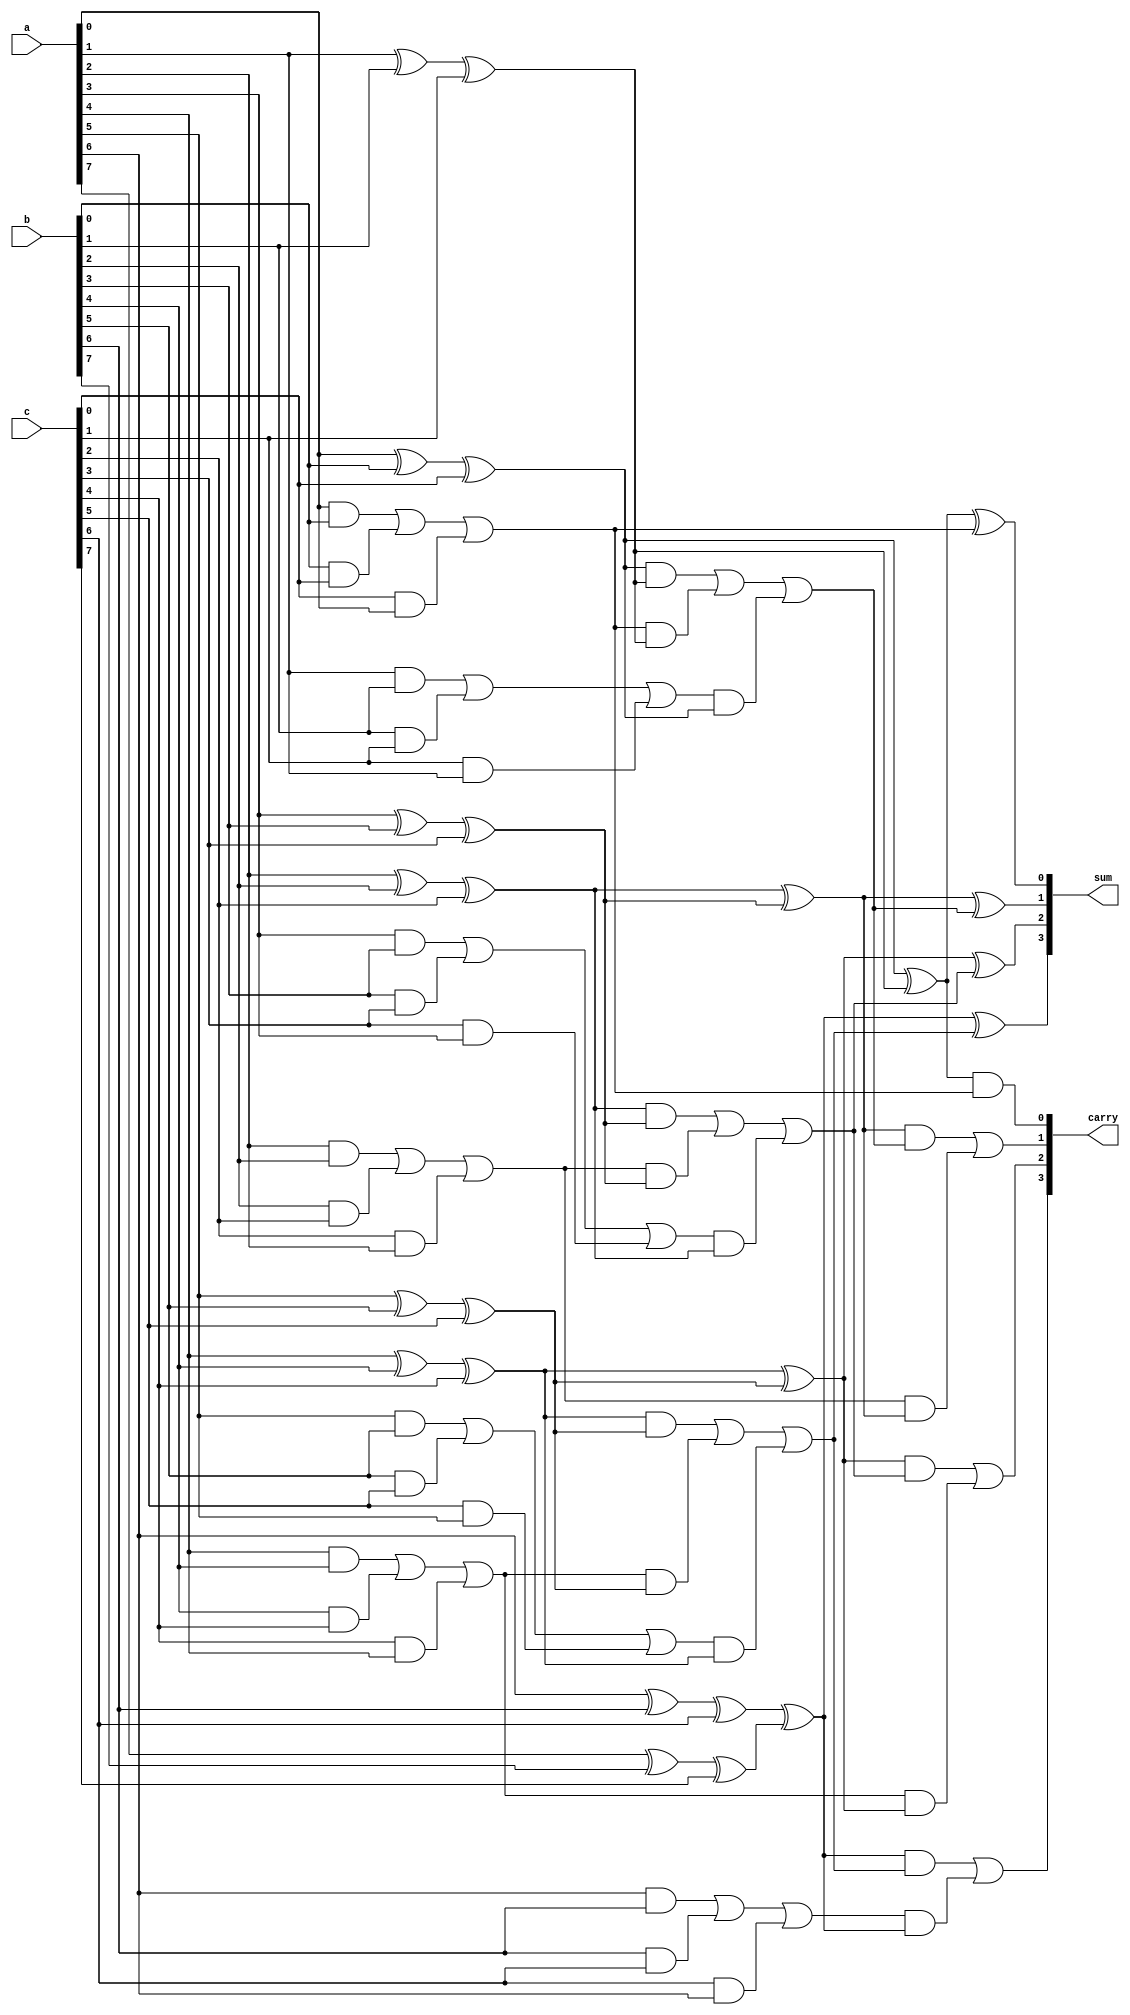
module CarrySaveAdder(
    input [M-1:0] a,     // First Operand
    input [M-1:0] b,     // Second Operand
    input [M-1:0] c,     // Third Operand
    output [M-1:0] sum,  // Resultant Sum
    output [M-1:0] carry // Resultant Carry
);
    parameter M = 8; // Assuming 8-bit inputs

    wire [M-1:0] sum1, carry1;
    wire [M-1:0] sum2, carry2;

    // First Level of CSA
    generate
        genvar i;
        for (i = 0; i < M; i = i + 1) begin: csa_level1
            if (i == 0) begin
                assign sum1[i] = a[i] ^ b[i] ^ c[i];
                assign carry1[i] = (a[i] & b[i]) | (b[i] & c[i]) | (c[i] & a[i]);
            end else begin
                assign sum1[i] = a[i] ^ b[i] ^ c[i];
                assign carry1[i] = (a[i] & b[i]) | (b[i] & c[i]) | (c[i] & a[i]);
            end
        end
    endgenerate

    // Second Level of CSA
    generate
        for (i = 0; i < (M/2); i = i + 1) begin: csa_level2
            assign sum2[i] = sum1[2*i] ^ sum1[2*i + 1];
            assign carry2[i] = (sum1[2*i] & sum1[2*i + 1]) | (carry1[2*i] & sum1[2*i + 1]) | (carry1[2*i + 1] & sum1[2*i]);
        end
    endgenerate

    // Final Level Addition
    wire [M-1:0] final_sum;
    wire [M-1:0] final_carry;

    generate
        for (i = 0; i < (M/2); i = i + 1) begin: final_adder
            if (i == 0) begin
                assign final_sum[i] = sum2[i] ^ carry1[2*i];
                assign final_carry[i] = (sum2[i] & carry1[2*i]);
            end else begin
                assign final_sum[i] = sum2[i] ^ carry2[i - 1];
                assign final_carry[i] = (sum2[i] & carry2[i - 1]) | (carry1[2*i] & sum2[i]);
            end
        end
    endgenerate
    
    assign sum = final_sum;
    assign carry = final_carry;

endmodule